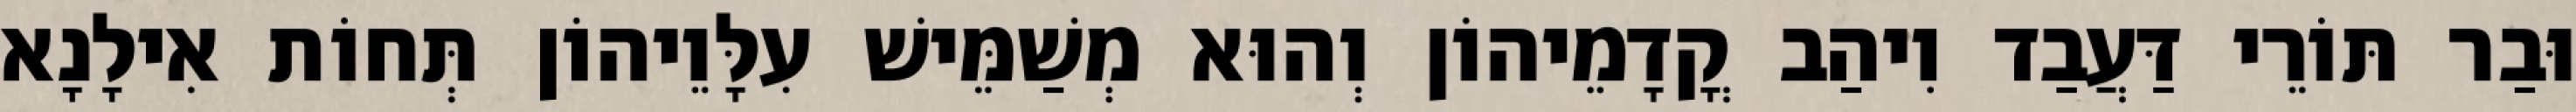
וּבַר תּוֹרֵי דַּעֲבַד וִיהַב קֳדָמֵיהוֹן וְהוּא מְשַׁמֵּישׁ עִלָּוֵיהוֹן תְּחוֹת אִילָנָא